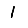
Digit: 1